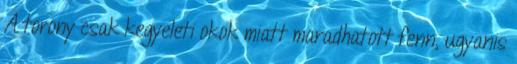
A torony csak kegyeleti okok miatt maradhatott fenn, ugyanis